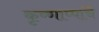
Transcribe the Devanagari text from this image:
कृष्णाप्पांचे